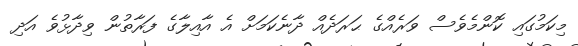
މިކަމުގައި ކޮންމެވެސް ވަރެއްގެ ޙަރަދެއް ދާނެކަމަށް އެ އާއިލާގެ ފަރާތުން ވިދާޅުވެ އަދި